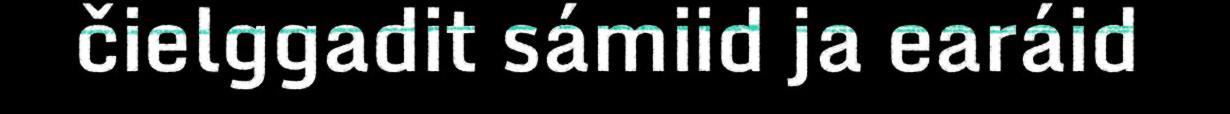
čielggadit sámiid ja earáid